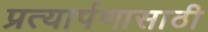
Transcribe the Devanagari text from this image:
प्रत्यार्पणासाठी